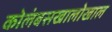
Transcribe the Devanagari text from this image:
कोलंबसखालोखाल